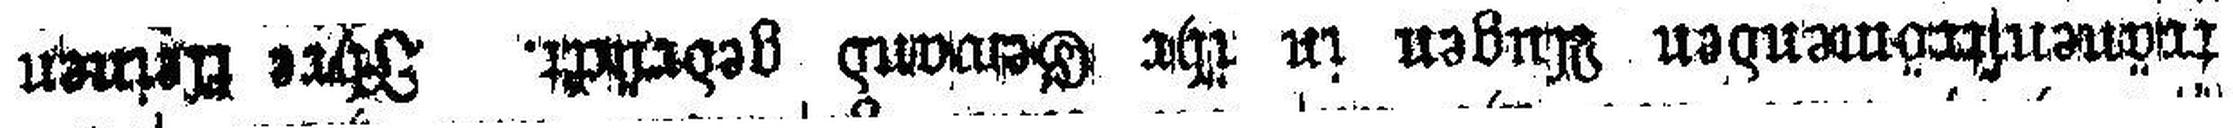
tränenströmenden Augen in ihr Gewand gedrückt. Ihre kleinen